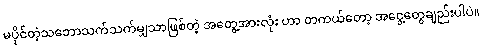
မပိုင်တဲ့သဘောသက်သက်မျှသာဖြစ်တဲ့ အတွေ့အားလုံး ဟာ တကယ်တော့ အငွေ့တွေချည်းပါပဲ။